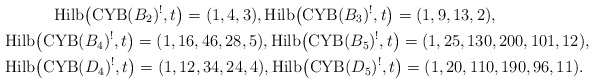
\begin{gather*}{\rm Hilb}\big({\rm CYB}(B_2)^{!},t\big)=(1,4,3), {\rm Hilb}\big({\rm CYB}(B_3)^{!},t\big)=(1,9,13,2), \\{\rm Hilb}\big({\rm CYB}(B_4)^{!},t\big)=(1,16,46,28,5), {\rm Hilb}\big({\rm CYB}(B_5)^{!},t\big)=(1,25,130,200,101,12),\\{\rm Hilb}\big({\rm CYB}(D_4)^{!},t\big)=(1,12,34,24,4), {\rm Hilb}\big({\rm CYB}(D_5)^{!},t\big)=(1,20,110,190,96,11).\end{gather*}